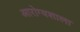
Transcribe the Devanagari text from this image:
आरोग्यशाला